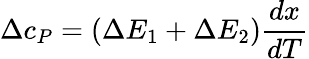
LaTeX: \Delta c_{P}=(\Delta E_{1}+\Delta E_{2})\frac{dx}{dT}